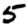
Digit: 5